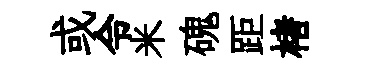
或令米磈距楮